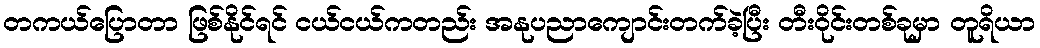
တကယ်ပြောတာ ဖြစ်နိုင်ရင် ငယ်ငယ်ကတည်း အနုပညာကျောင်းတက်ခဲ့ပြီး တီးဝိုင်းတစ်ခုမှာ တူရိယာ